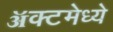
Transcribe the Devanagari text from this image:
ॲक्टमेध्ये